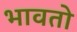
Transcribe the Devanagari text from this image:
भावतो